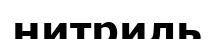
нитриль